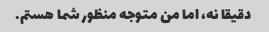
دقیقا نه، اما من متوجه منظور شما هستم.